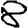
Digit: 8